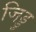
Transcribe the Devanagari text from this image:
जिड्डु